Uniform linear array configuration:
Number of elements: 32
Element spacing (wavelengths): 0.25
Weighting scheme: cosine
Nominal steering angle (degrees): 0
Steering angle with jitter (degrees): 1.061
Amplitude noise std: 0.05
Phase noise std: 0.05

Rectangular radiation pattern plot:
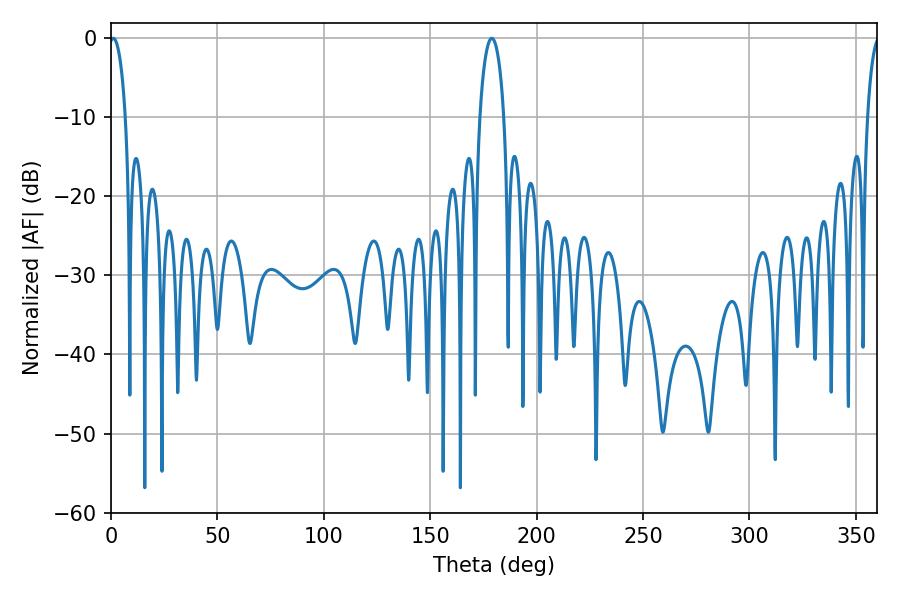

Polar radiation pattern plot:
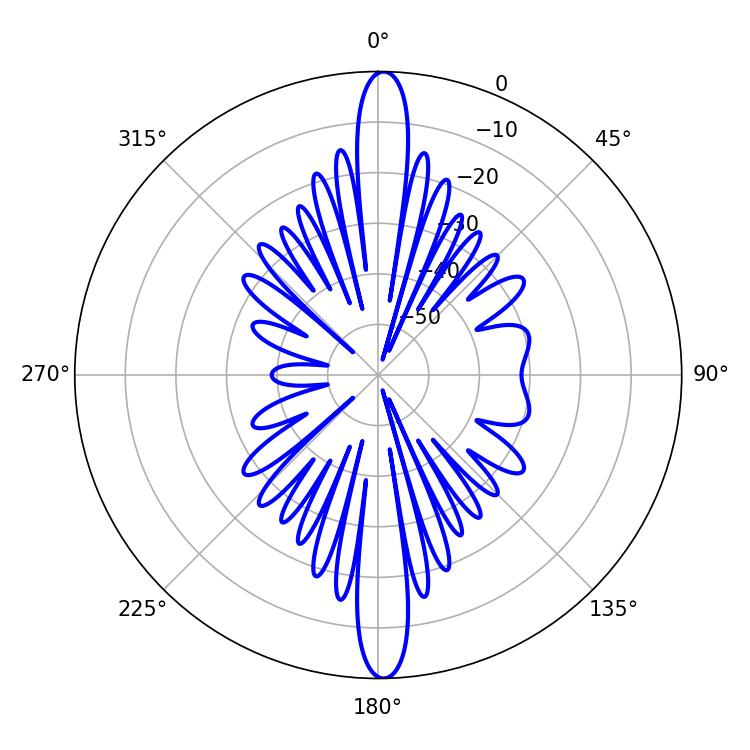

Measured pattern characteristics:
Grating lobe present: FALSE
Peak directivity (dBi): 25.865
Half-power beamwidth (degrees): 4.32
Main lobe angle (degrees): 1.08